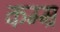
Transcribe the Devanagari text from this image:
कम्म्र